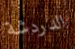
الدردشة